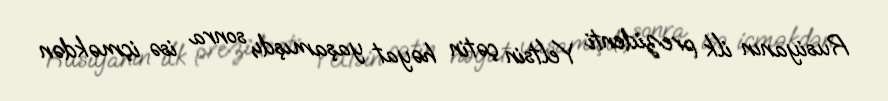
Rusiyanın ilk prezidenti Yeltsin çətin həyat yaşamışdı, sonra isə içməkdən